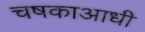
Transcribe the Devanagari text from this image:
चषकाआधी